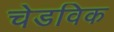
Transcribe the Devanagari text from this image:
चेडविक